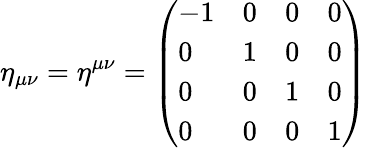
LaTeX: \eta_{\mu\nu}=\eta^{\mu\nu}={\left(\begin{array}{llll}{-1}&{0}&{0}&{0}\\ {0}&{1}&{0}&{0}\\ {0}&{0}&{1}&{0}\\ {0}&{0}&{0}&{1}\end{array}\right)}